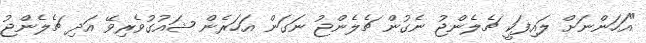
"އަހަންނަށް ލައިފަކީ ޗެލެންޖު ނެގުން ޗެލެންޖު ނަގަން އަހަރެން ޝައުގުވެރިވޭ އަދި ޗެލެންޖު